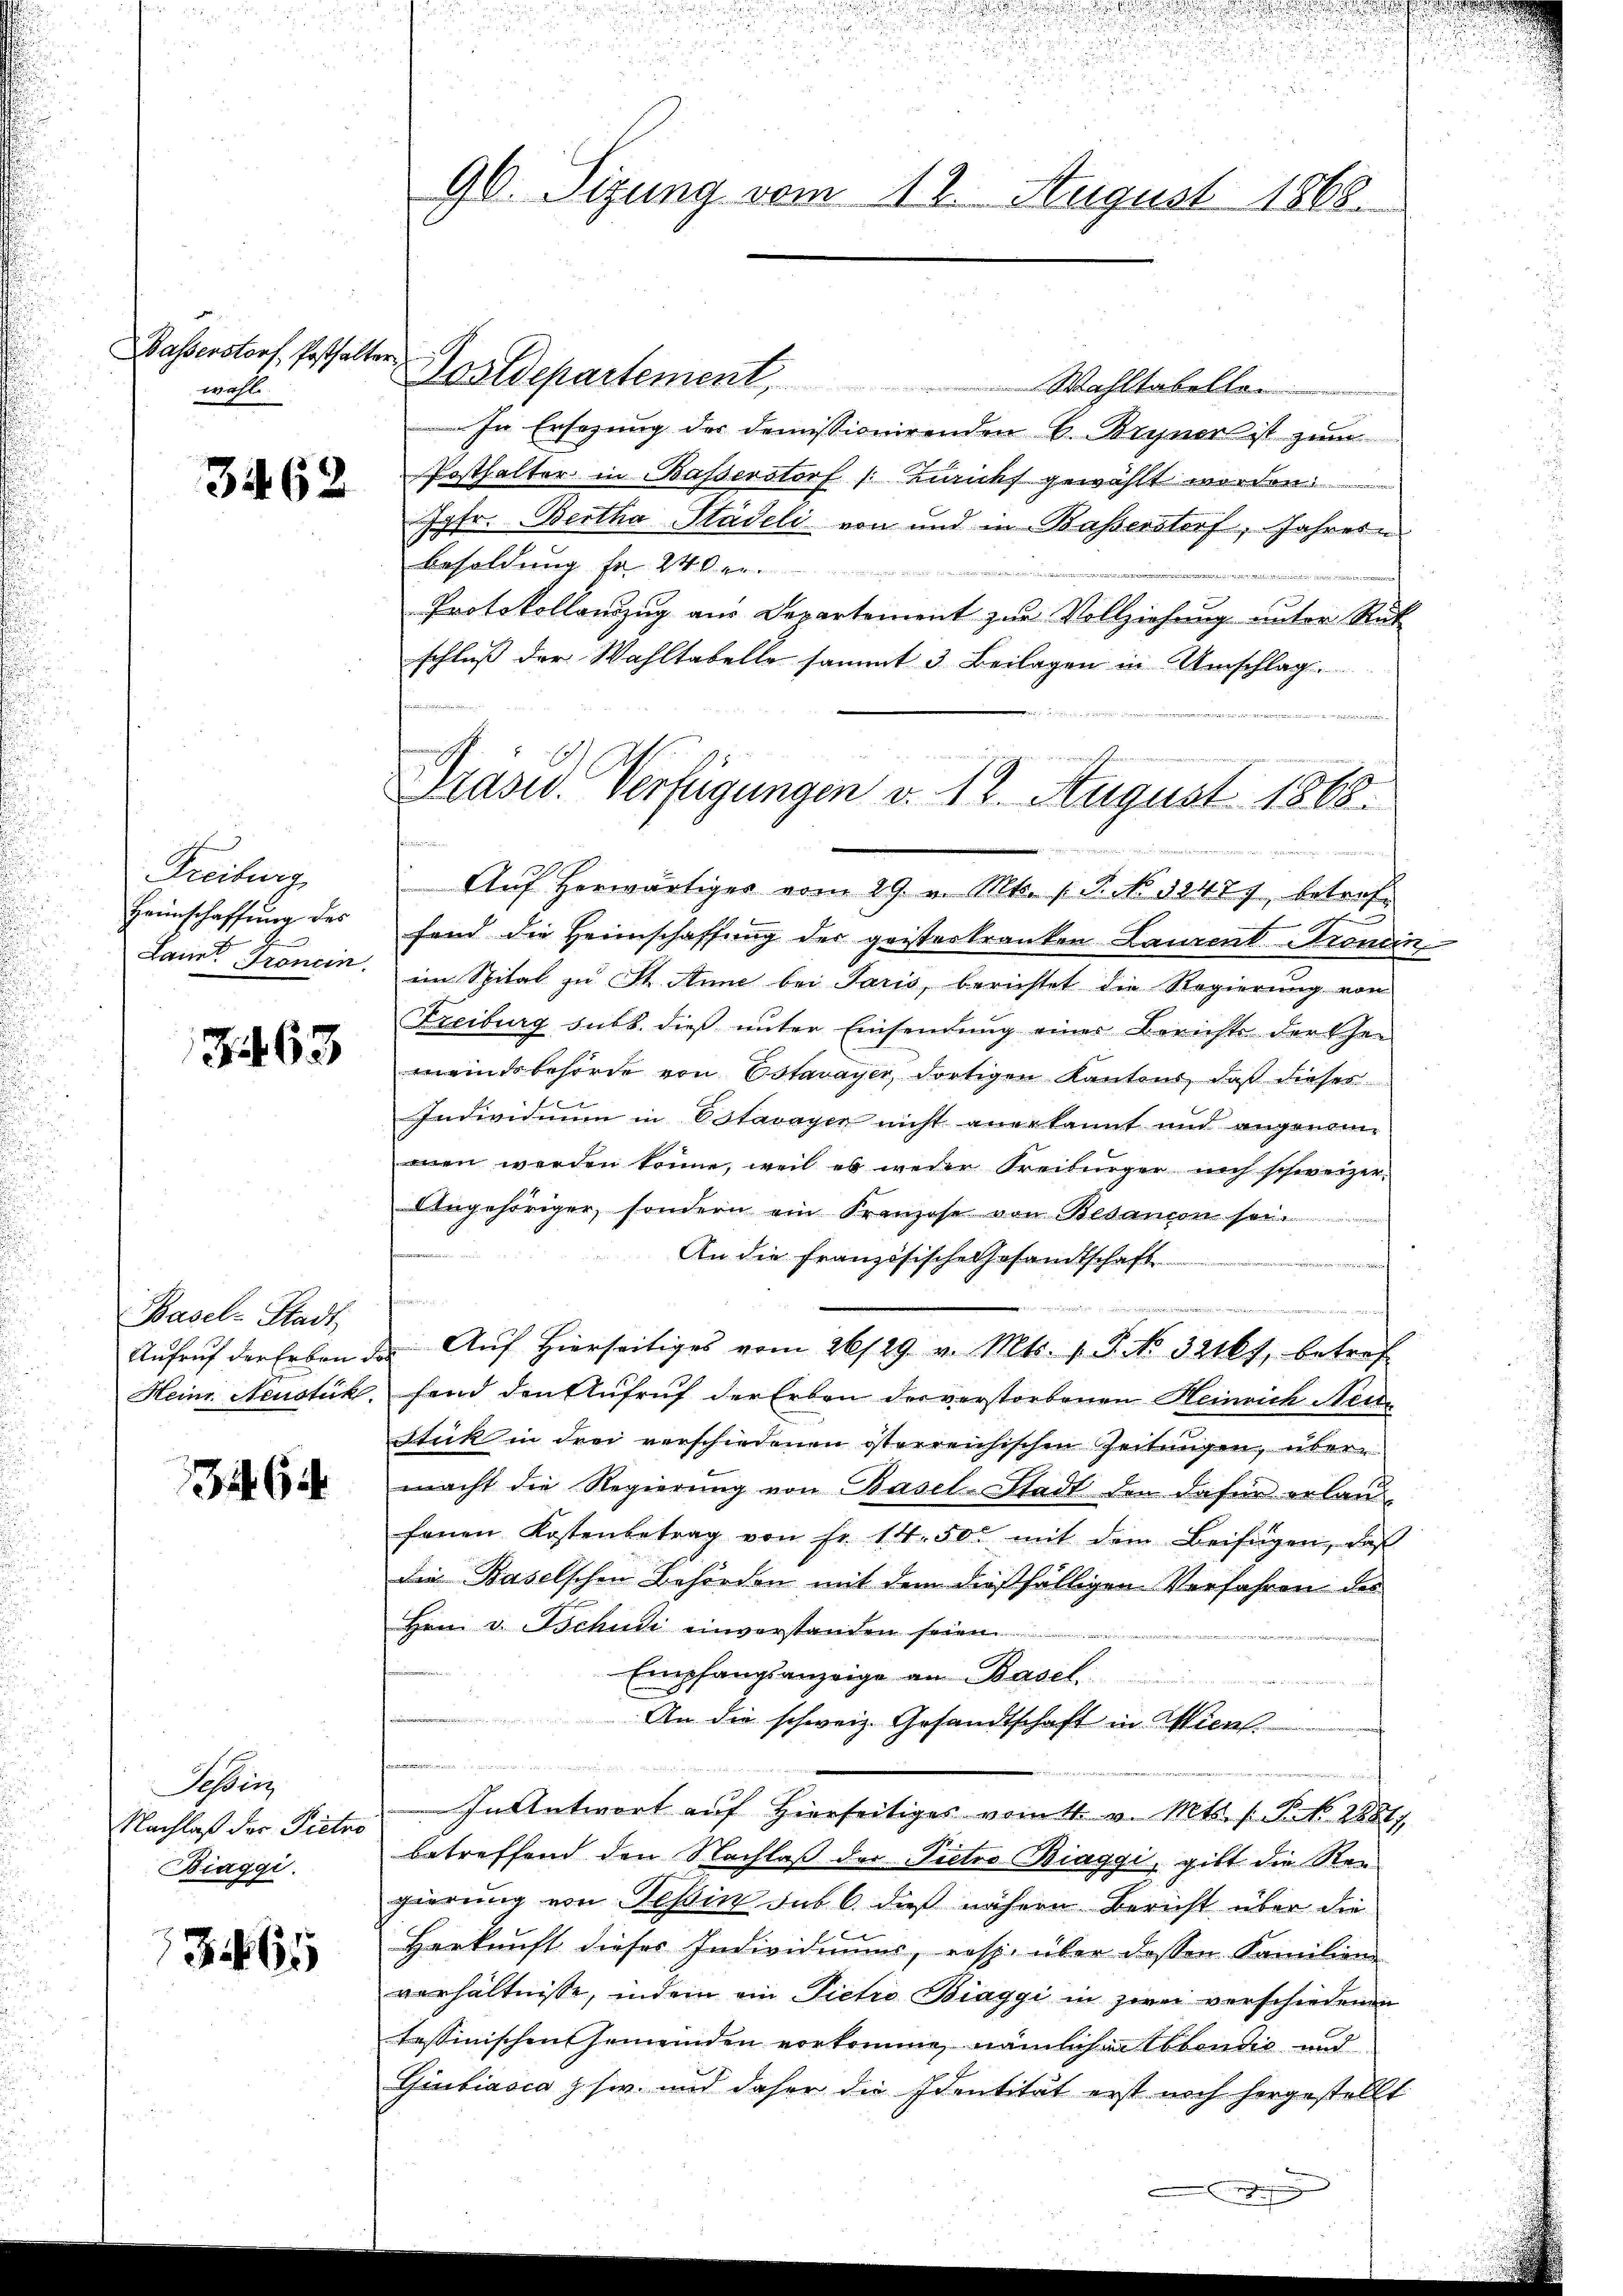
wahl.

3462

Freiburg
Heimschaffung des

3463

Basel-Stadt
Aufruf der Erben-
Heinr. Neustük

346

Possen
Nachlaß der Pietro
Biaggi.

365

90. Sizung vom 12. August 1868.

Wasserstorf Pesthalter Postdepartement, Wahltabellan
In Ersezung der demissionirenden B. Bryner ist zum
Posthalter in Basserstorf nicht gewählt worden.
Jgfr. Bertha Städeli von und in Basserstorf, Jahresn
Besoldung Nr. 240
Protokollauszug aus Departement zur Vollziehung unter Rük
schluß der Wahltabelle sammt 3 Beilagen in Umschlag
Aŭf herwärtiges vom 29. v. Mts. (T. No 32477, betreffend die Heimschaffung der geisterkranken Laurentronein,
Lannt Tronein. im Spital zŭ St. Anne bei Paris, berichtet die Regierŭng von
Freiburg subt. dieß unter Einsendung einer Berichts der Ehe-
meindsbehörde von Estavayer, dortigen Kantons, daß dieser
Individuum in Estavayer nicht anerkannt und angenomanen werden könne, weil es weder Freiburger noch schweizer¬
Angehöriger, sondern ein Franzose von Besanion sei.
An die Französische Gesandtschaft
h
s
 Aŭf Hierseitiges vom 26/29. v. Mts. v. P. No. 32161, betref
fand den Aufruf der Erben der verstorbenen Heinrich Neue
Stick in drei verschiedenen österreichischen Zeitungen, übermacht die Regierung von Basel-Stadt den dafür erland-
fenen Kostenbetrag von fr. 14. 50 mit dem Beifügen, daβ
Die Baselschen Behörden mit dem dießfälligen Verfahren des
Hrn. v. Tschudi einverstanden seien.
Empfangsanzeige an Basel
An die schweiz. Gesandtschaft in Wien.

In Antwort auf hierseitiges vom 4. v. Mts. s. S. 2881/
betreffend den Nachlaß der Pietro Biaggi, gibt die Sten
gierung von Tessin sub 6. daß nähern Bericht über die
Herkunft dieses Individiums, resp. über dessen Familien-
verhältnisse, indem ein Pietro Biaggi in zwei verschiedenen
tessinischen Gemeinden vorkommen nämlichen Abendig und
Giubiasca z. sie und daher die Identität erst noch hergestellt

e
Präsid. Verfügungen v. 12. August 1868.
s

u

.

d